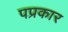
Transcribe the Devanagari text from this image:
पप्रकार